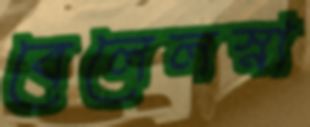
বেলেলস্না